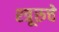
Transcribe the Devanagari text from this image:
श्त्रूरुचे